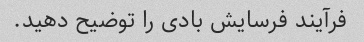
فرآیند فرسایش بادی را توضیح دهید.